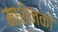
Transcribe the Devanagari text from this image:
माशेनको